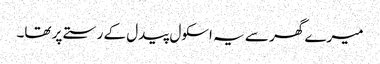
میرے گھر سے یہ اسکول پیدل کے رستے پر تھا۔